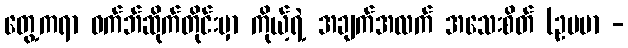
တွေ့ကရာ ဝက်ဘ်ဆိုက်တိုင်းမှာ ကိုယ့်ရဲ့ အချက်အလက် အသေးစိတ် (ဥပမာ -